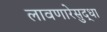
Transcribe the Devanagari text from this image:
लावणारेसुद्धा